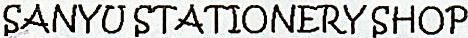
SANYU STATIONERY SHOP